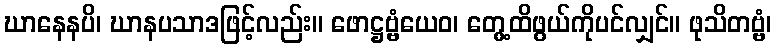
ဃာနေနပိ၊ ဃာနပသာဒဖြင့်လည်း။ ဖောဋ္ဌဗ္ဗံယေဝ၊ တွေ့ထိဖွယ်ကိုပင်လျှင်။ ဖုသိတဗ္ဗံ၊